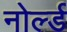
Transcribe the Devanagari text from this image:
नोर्ल्ड